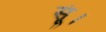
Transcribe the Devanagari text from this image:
सूं।